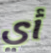
أي